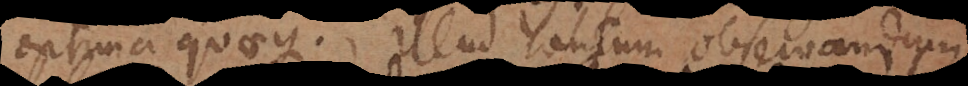
optima quaeque. Illud tantum observandum